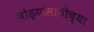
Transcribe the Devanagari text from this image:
घोड्यांसाठीच्या